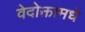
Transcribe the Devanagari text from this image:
वेदोक्तामधे